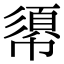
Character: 𢄼